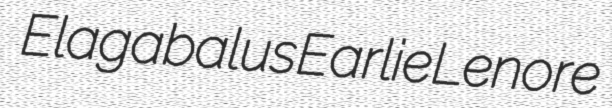
Elagabalus Earlie Lenore